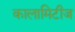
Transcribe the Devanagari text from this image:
कालामिटीज